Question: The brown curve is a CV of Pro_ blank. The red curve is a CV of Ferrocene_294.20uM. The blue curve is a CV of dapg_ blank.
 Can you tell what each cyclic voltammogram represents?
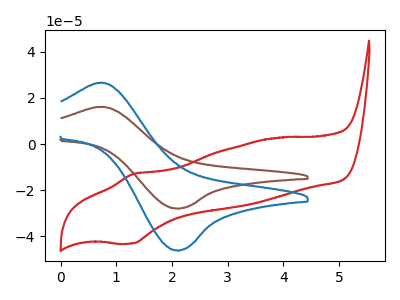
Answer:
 <answer>The brown curve is labeled "Pro_ blank". The red curve is labeled "Ferrocene_294.20uM". The blue curve is labeled "dapg_ blank".</answer>
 <eval></eval>